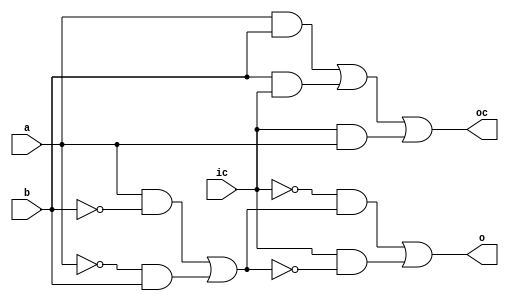
module fulladder(a,b,ic,o,oc);
  input a,b,ic;     //inputs  
  output o,oc;      //outputs
  assign o = (~ic & ((a & ~b) | (~a & b)) ) | (ic & ~((a & ~b) | (~a & b)) );   
  assign oc = (a & b) | (b & ic) | (ic & a); 
endmodule